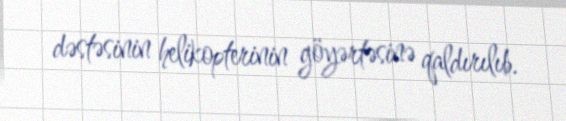
dəstəsinin helikopterinin göyərtəsinə qaldırılıb.